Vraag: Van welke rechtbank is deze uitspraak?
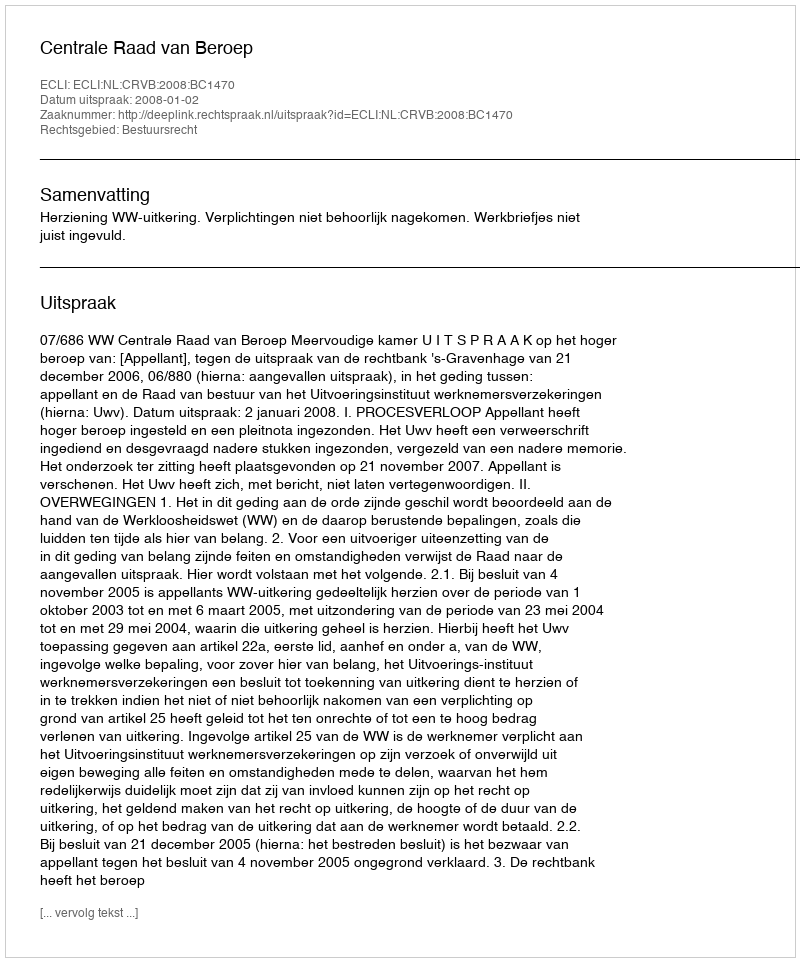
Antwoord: Centrale Raad van Beroep